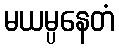
မယမ္ပနေတံ